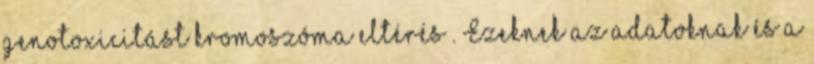
genotoxicitást kromoszóma eltérés . Ezeknek az adatoknak és a